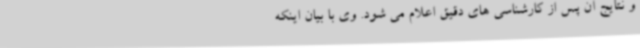
و نتایج آن پس از کارشناسی های دقیق اعلام می شود. وی با بیان اینکه